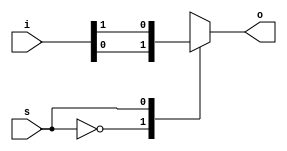
module mux_case(s,i,o);
  input [3:0]i;
  input s;
  output reg o;
  always @(*)
  begin
    case(s)
      2'b00 : o=i[0];
      2'b01 : o=i[1];
      2'b10 : o=i[2];
      2'b11 : o=i[3];
    endcase
  end
endmodule